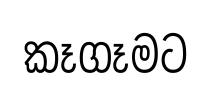
කෑගෑමට